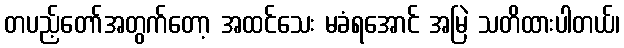
တပည့်တော်အတွက်တော့ အထင်သေး မခံရအောင် အမြဲ သတိထားပါတယ်၊